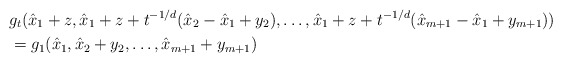
\begin{align*}& g_t(\hat{x}_1+z,\hat{x}_1+z+t^{-1/d}(\hat{x}_2-\hat{x}_1+y_2),\hdots,\hat{x}_1+z+t^{-1/d}(\hat{x}_{m+1}-\hat{x}_1+y_{m+1}))\\& =g_1(\hat{x}_1,\hat{x}_2+y_2,\hdots,\hat{x}_{m+1}+y_{m+1})\end{align*}